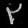
Digit: ၃